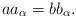
LaTeX: \begin{align*} a a_{\alpha}= b b_{\alpha}.\end{align*}